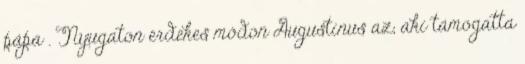
pápa . Nyugaton érdekes módon Augustinus az, aki támogatta